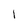
Character: 1